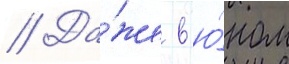
// Да́же в ю́ном